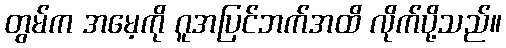
တွမ်က အမေ့ကို ဂူအပြင်ဘက်အထိ လိုက်ပို့သည်။